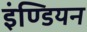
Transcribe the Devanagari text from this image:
इंण्डियन